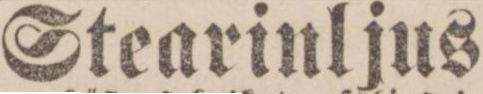
Stearinljus